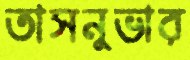
তাসনুভার